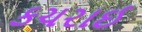
કચરાઈ